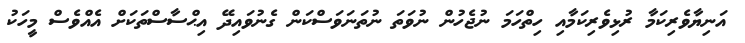
އަނިޔާވެރިކަމާ ރުޅިވެރިކަމާއި ހިތްހަމަ ނުޖެހުން ނުވަތަ ނުތަނަވަސްކަން ގެނުވައިދޭ އިޙްސާސްތަކަށް އެއްވެސް މީހަކު